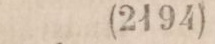
(2191)